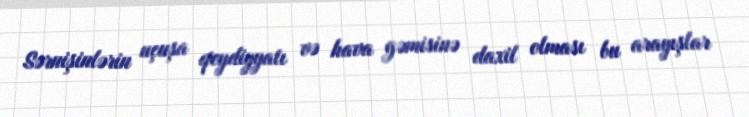
Sərnişinlərin uçuşa qeydiyyatı və hava gəmisinə daxil olması bu arayışlar